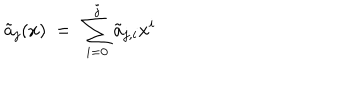
\tilde { a } _ { j } ( x ) \ = \ \sum _ { i = 0 } ^ { j } \tilde { a } _ { j , i } x ^ { i }